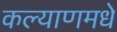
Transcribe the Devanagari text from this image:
कल्याणमधे